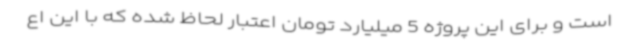
است و برای این پروژه 5 میلیارد تومان اعتبار لحاظ شده که با این اع